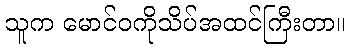
သူက မောင်ဝကိုသိပ်အထင်ကြီးတာ။